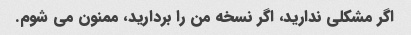
اگر مشکلی ندارید، اگر نسخه من را بردارید، ممنون می شوم.